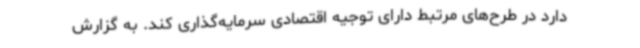
دارد در طرح‌های مرتبط دارای توجیه اقتصادی سرمایه‌گذاری کند. به گزارش